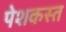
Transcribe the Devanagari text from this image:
पेशकस्त